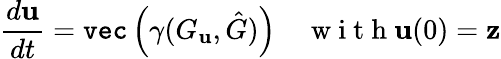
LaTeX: \frac{d\mathbf{u}}{dt}=\texttt{vec}\left(\gamma(G_{\mathbf{u}},\hat{G})\right)\quad\mathrm{~w~i~t~h~}\mathbf{u}(0)=\mathbf{z}